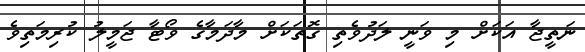
ނަތީޖާ އަކަށް މި ވަނީ ލަދުވެތި ގޮތަކަށް މާދަމާގެ ވޯޓާ ޖަމީލު ކުރިމަތިވެ